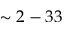
\sim 2 - 3 3